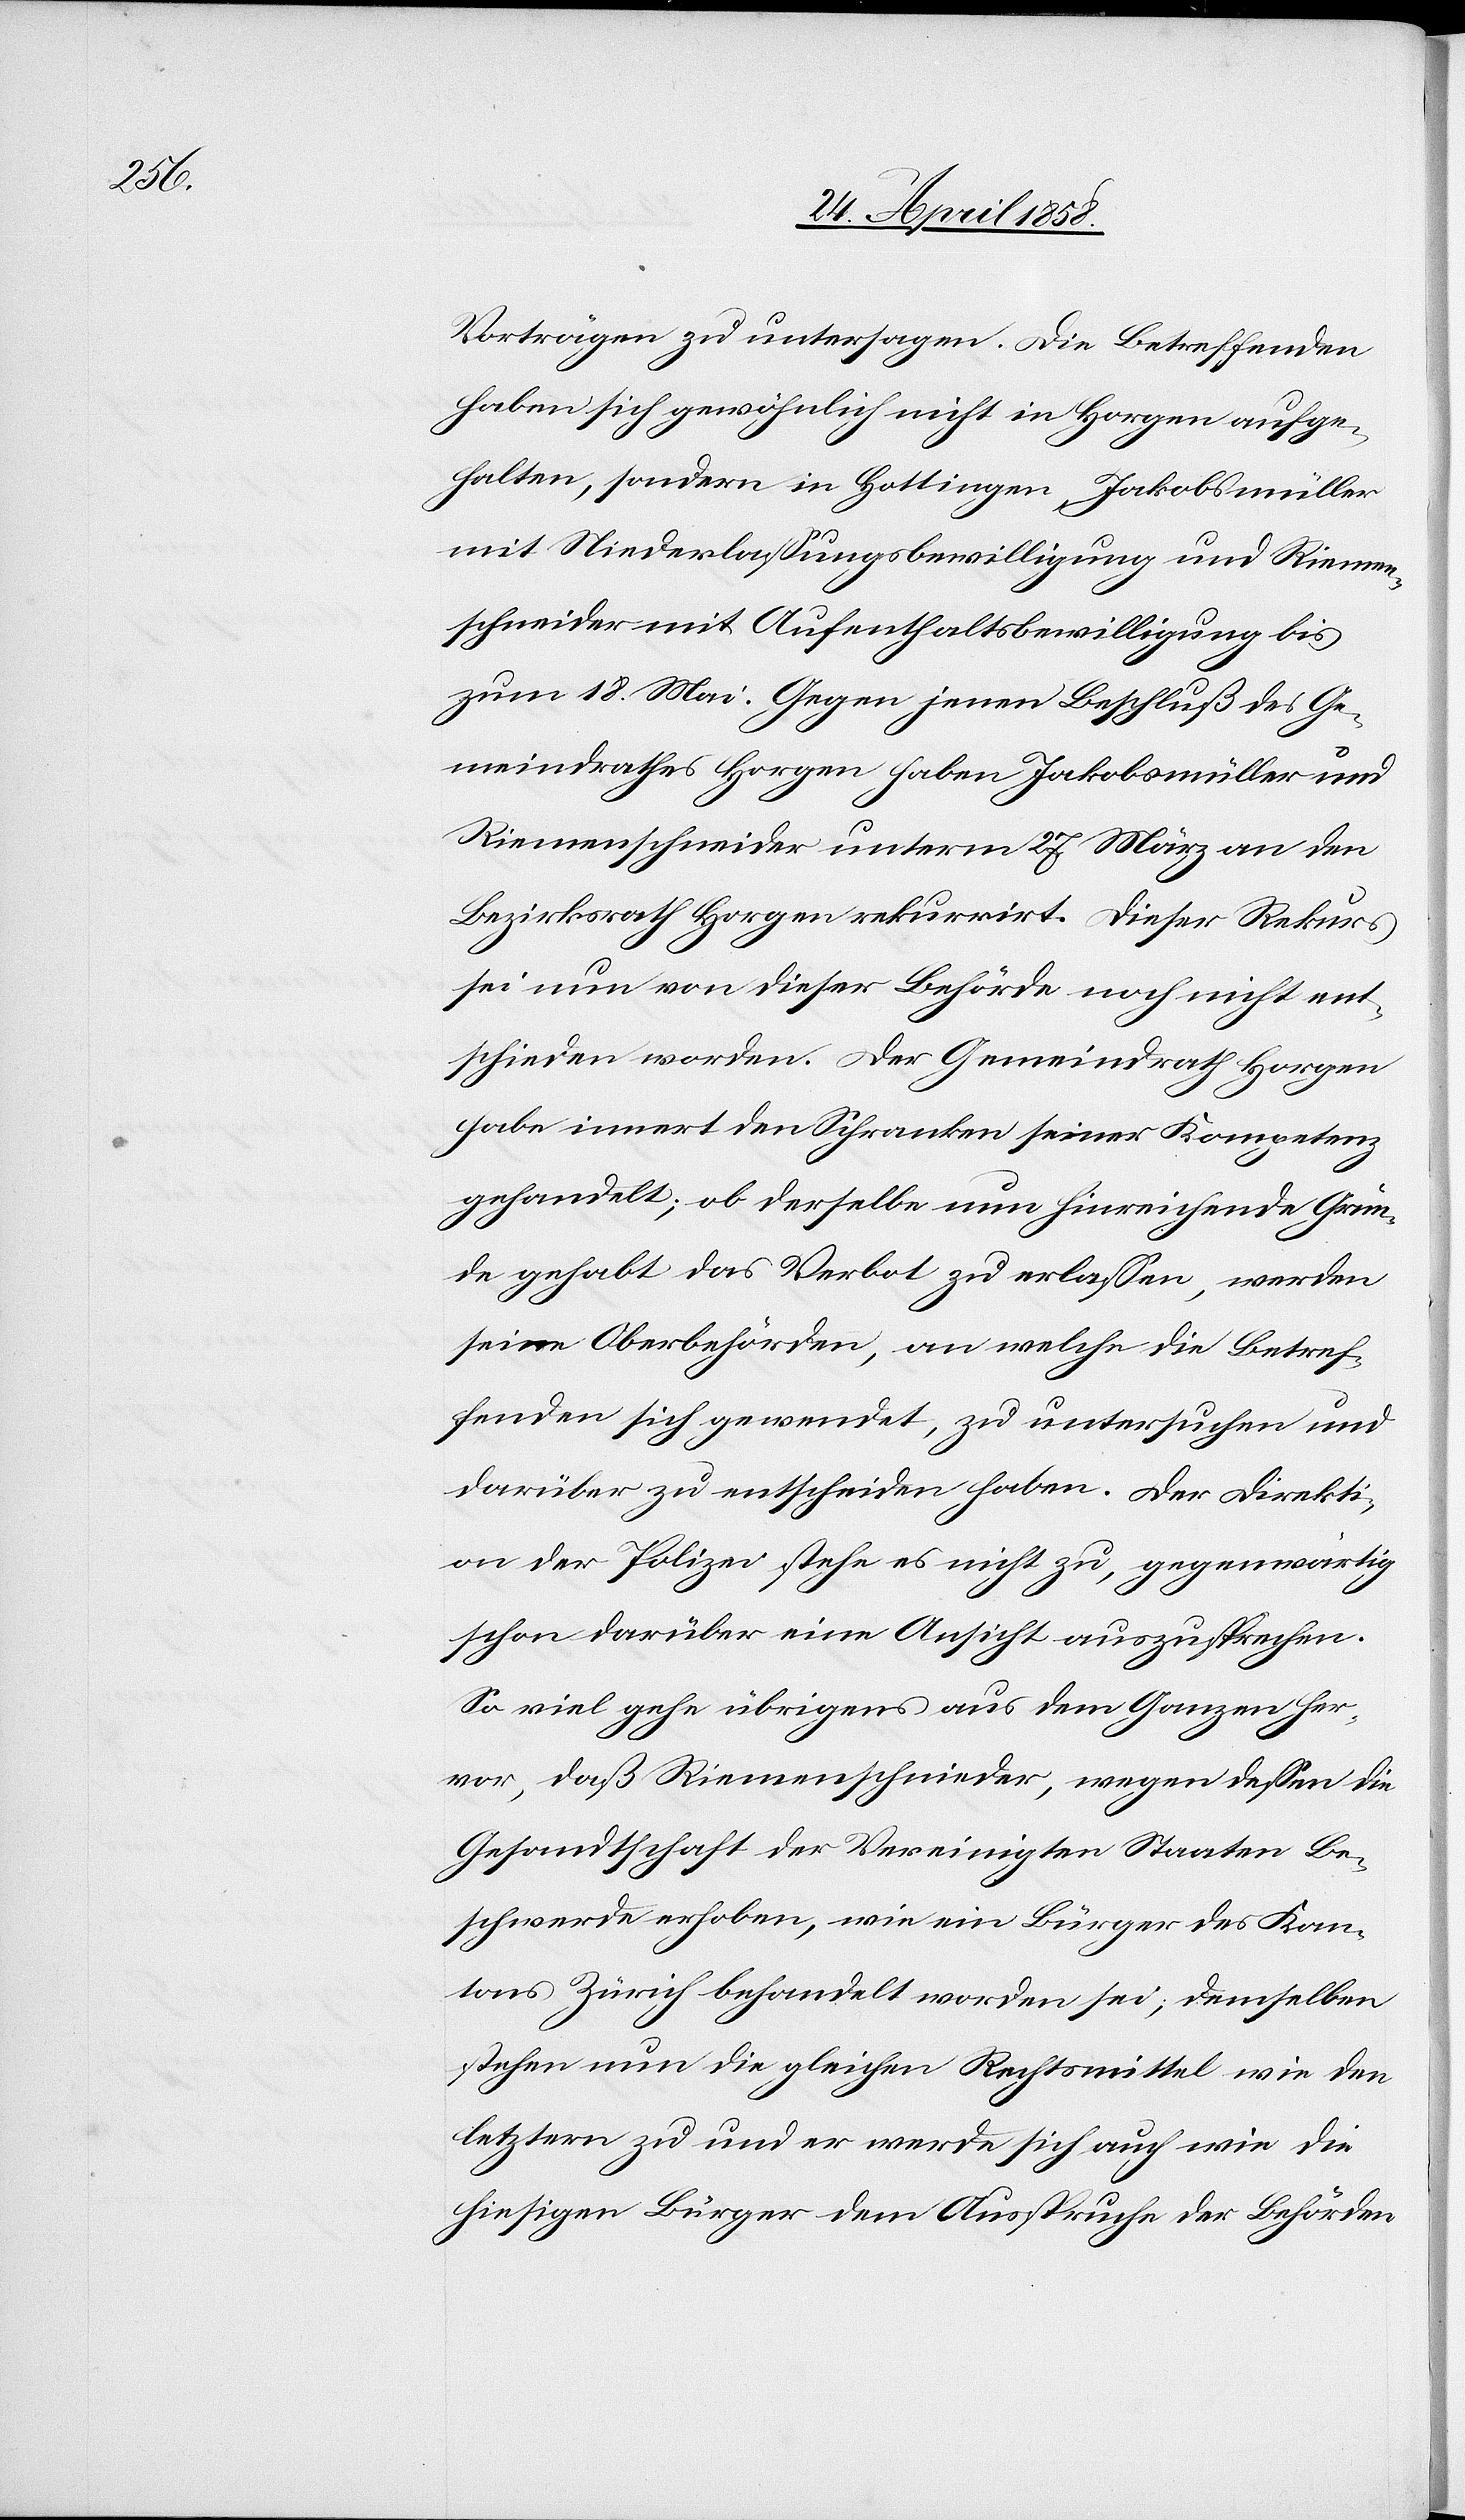
Vorträgen zu untersagen. Die Betreffenden
haben sich gewöhnlich nicht in Horgen aufge¬
halten, sondern in Hottingen, Jakobsmüller
mit Neiderlassungsbewilligung und Riemen¬
schneider mit Aufenthaltsbewilligung bis
zum 18. Mai. Gegen jenen Beschluß des Ge¬
meindrathes Horgen haben Jakobsmüller und
Riemenschneider unterm 27. März an den
Bezirksrath Horgen rekurrirt. Dieser Rekurs
sei nun von dieser Behörde noch nicht ent¬
schieden worden. Der Gemeindrath Horgen
habe innert der Schranken seiner Kompetenz
gehandelt; ob derselbe nun hinreichende Grün¬
de gehabt, das Verbot zu erlassen, werden
seine Oberbehörden, an welche die Betref¬
fenden sich gewendet, zu untersuchen und
darüber zu entscheiden haben. Der Direkti¬
on der Polizei stehe es nicht zu, gegenwärtig
schon darüber eine Ansicht auszusprechen.
So viel gehe übrigens aus dem Ganzen her¬
vor, daß Riemenschneider, wegen dessen die
Gesandtschaft der Vereinigten Staaten Be¬
schwerde erhoben, wie ein Bürger des Kan¬
tons Zürich behandelt worden sei; demselben
stehen nun die gleichen Rechtsmittel wie den
letztern zu und er werde sich auch wie die
hiesigen Bürger dem Ausspruche der Behörden